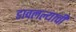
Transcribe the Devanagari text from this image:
डावलल्याची